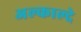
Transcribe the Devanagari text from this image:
अल्काल्दे